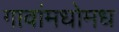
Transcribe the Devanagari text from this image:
गावांमधोमध